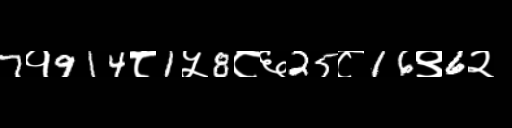
Text: 7१914८1५8८६25८16९6२